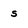
Character: s